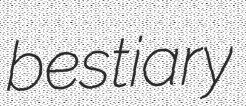
bestiary